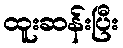
ထူးဆန်းပြီး